Note on the mental hospitals in Burma - 1925-1940
Year: 1925
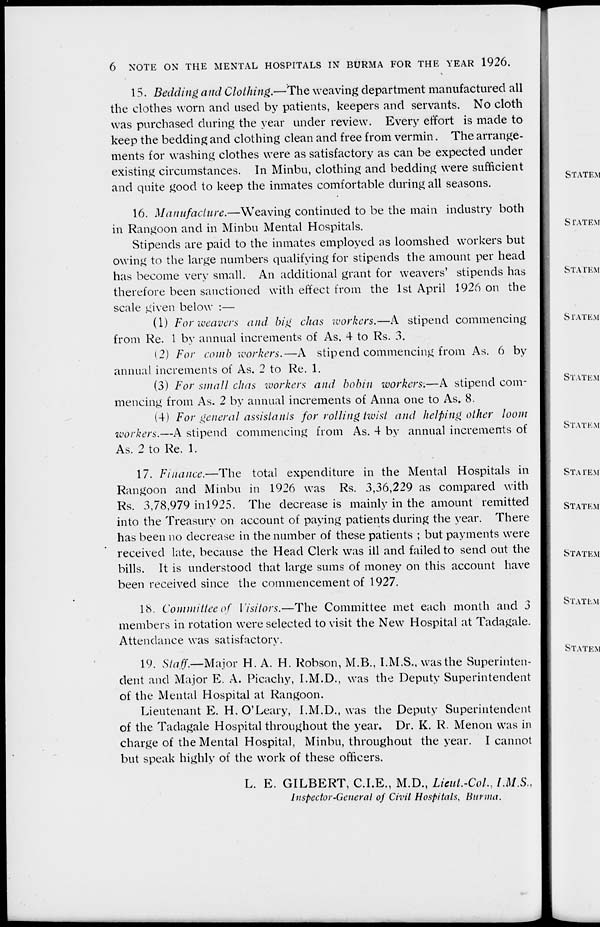
6 NOTE ON THE MENTAL HOSPITALS IN BURMA FOR THE YEAR 1926.
15. Bedding and Clothing.—The weaving department manufactured all
the clothes worn and used by patients, keepers and servants. No cloth
was purchased during the year under review. Every effort is made to
keep the bedding and clothing clean and free from vermin. The arrange-
ments for washing clothes were as satisfactory as can be expected under
existing circumstances. In Minbu, clothing and bedding were sufficient
and quite good to keep the inmates comfortable during all seasons.
16. Manufacture.—Weaving
continued to be the main industry both
in Rangoon and in Minbu Mental Hospitals.
Stipends are paid to the inmates employed as loomshed workers but
owing to the large numbers qualifying for stipends the amount per head
has become very small. An additional grant for weavers' stipends has
therefore been sanctioned with effect from the 1st April 1926 on the
scale given below :—
(1) For weavers and big chas workers.—A stipend commencing
from Re. 1 by annual increments of As, 4 to Rs. 3.
(2) For comb workers.—A stipend commencing from As. 6 by
annual increments of As. 2 to Re. 1.
(3) For small chas workers and bobin workers.—A stipend com-
mencing from As. 2 by annual increments of Anna one to As. 8.
(4) For general assistants for rolling twist and helping other loom
workers.—A stipend commencing from As. 4 by annual increments of
As. 2 to Re. 1.
17. Finance.—The
total expenditure in the Mental Hospitals in
Rangoon and Minbu in 1926 was Rs. 3,36,229 as compared with
Rs. 3,78,979 in 1925. The decrease is mainly in the amount remitted
into the Treasury on account of paying patients during the year. There
has been no decrease in the number of these patients ; but payments were
received late, because the Head Clerk was ill and failed to send out the
bills. It is understood that large sums of money on this account have
been received since the commencement of 1927.
18. Committee of Visitors.—The Committee met each month and 3
members in rotation were selected to visit the New Hospital at Tadagale.
Attendance was satisfactory.
19. Staff.—Major H. A. H. Robson, M.B., I.M.S., was the Superinten-
dent and Major E. A. Picachy, I.M.D., was the Deputy Superintendent
of the Mental Hospital at Rangoon.
Lieutenant E. H. O'Leary, I.M.D., was the Deputy Superintendent
of the Tadagale Hospital throughout the year. Dr. K. R. Menon was in
charge of the Mental Hospital, Minbu, throughout the year. I cannot
but speak highly of the work of these officers.
L. E. GILBERT, C.I.E., M.D., Lieut.-Col., I.M.S.,
Inspector-General of Civil Hospitals, Burma.